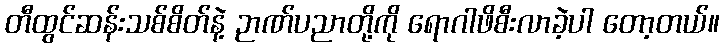
တီထွင်ဆန်းသစ်စိတ်နဲ့ ဉာဏ်ပညာတို့ကို ရောဂါဖိစီးလာခဲ့ပါ တော့တယ်။